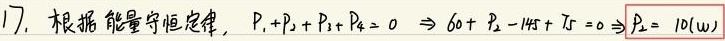
17. 根据能量守恒定律，$P_{1}+P_{2}+P_{3}+P_{4}=0\Rightarrow 60 + P_{2}-145 + 15 = 0\Rightarrow \boxed{P_{2}= 70(\mathrm{W})}$